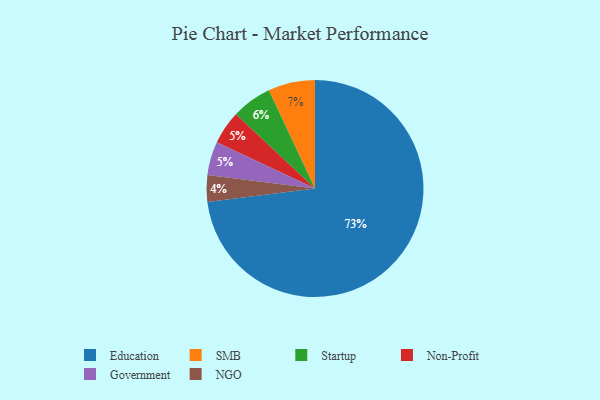
{"axis": {"x": "Category", "y": "Percentage"}, "legend": ["Education", "Government", "NGO", "Non-Profit", "SMB", "Startup"], "data": [{"x": "Non-Profit", "y": 5, "type": "Non-Profit"}, {"x": "Startup", "y": 6, "type": "Startup"}, {"x": "Government", "y": 5, "type": "Government"}, {"x": "SMB", "y": 7, "type": "SMB"}, {"x": "Education", "y": 73, "type": "Education"}, {"x": "NGO", "y": 4, "type": "NGO"}]}